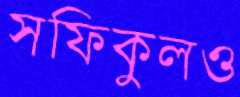
সফিকুলও